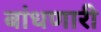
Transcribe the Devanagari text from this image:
बांधणारी